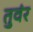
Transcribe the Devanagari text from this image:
तुवंर